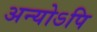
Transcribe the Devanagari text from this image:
अन्योऽपि